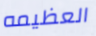
العظيمه